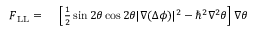
\begin{array} { r l } { \boldsymbol { F } _ { \mathrm { L L } } = \ } & { { } \left[ \frac { 1 } { 2 } \sin 2 \theta \cos 2 \theta | \boldsymbol { \nabla } ( \Delta \phi ) | ^ { 2 } - { \hbar } ^ { 2 } \nabla ^ { 2 } \theta \right] \boldsymbol { \nabla } \theta } \end{array}